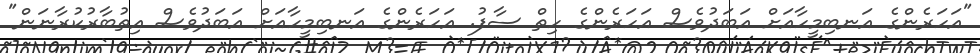
"އަހަރެންގެ އަނބިމީހާއަށް އަބަދުވެސް އަހަރެންގެ ހިތް ސާފު. އަހަރެންގެ އަނބިމީހާއަށް އަބަދުވެސް އިތުބާރުކުރާނަން"